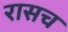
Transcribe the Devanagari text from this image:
रासच